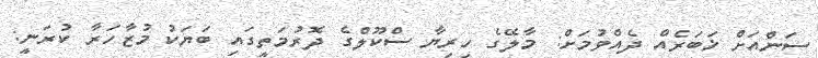
ސަންއަށް ޚަބަރެއް ދެއްވުމަށް: މާލޭގެ ހިރިޔާ ސްކޫލްގެ ދޮރުމަތީގައި ބަޔަކު މުޒާހަރާ ކުރަނީ: